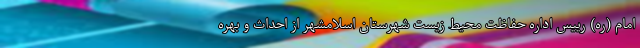
امام (ره) رییس اداره حفاظت محیط زیست شهرستان اسلامشهر از احداث و بهره